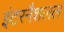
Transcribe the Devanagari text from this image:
इंटरनैशलल